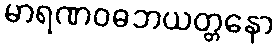
မာရဏဝဓဘယတ္တနော